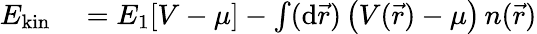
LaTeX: \begin{array}{rl}{E_{\mathrm{kin}}}&{{}=E_{1}[V-\mu]-\int(\mathrm{d}\vec{r})\, \big(V(\vec{r})-\mu\big)\, n(\vec{r})}\end{array}